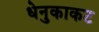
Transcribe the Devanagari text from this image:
धेनुकाकट